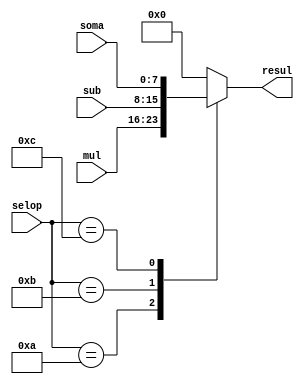
module MUX4x4(soma, sub, mul, selop, resul);
	input [7:0]soma;
	input [7:0]sub;
	input [7:0]	mul; 
	input [3:0]selop;
	output reg [7:0]resul;
	 
	always @ (soma or sub or mul or selop)
		begin : MUX
		 case(selop) 
			 4'b1010 : resul = mul;
			 4'b1011 : resul = sub;
			 4'b1100 : resul = soma;
			 default: resul = 8'b00000000;
		 endcase
		end

endmodule